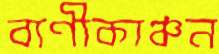
বাণীকাঞ্চন